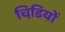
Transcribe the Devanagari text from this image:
चिडि़यों